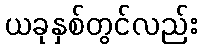
ယခုနှစ်တွင်လည်း